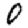
Digit: 0